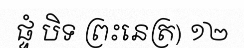
ផ្ទំ បិទ ព្រះនេត្រ) ១២